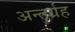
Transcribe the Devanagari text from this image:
अन्तर्ग्रह